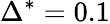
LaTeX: \Delta^{*}=0.1